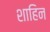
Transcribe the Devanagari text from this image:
शाहिन